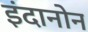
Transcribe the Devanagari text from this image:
इंदानोन